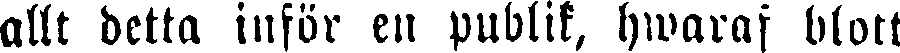
allt detta inför en publik, hwaraf blott